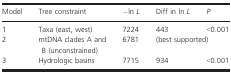
<table><thead><tr><td><b>Model</b></td><td><b>Tree constraint</b></td><td><b>−ln <i>L</i></b></td><td><b>Diff in ln <i>L</i></b></td><td><b><i>P</i></b></td></tr></thead><tbody><tr><td>1</td><td>Taxa (east, west)</td><td>7224</td><td>443</td><td>&lt;0.001</td></tr><tr><td>2</td><td>mtDNA clades A and B (unconstrained)</td><td>6781</td><td colspan="2">(best supported)</td></tr><tr><td>3</td><td>Hydrologic basins</td><td>7715</td><td>934</td><td>&lt;0.001</td></tr></tbody></table>